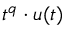
t ^ { q } \cdot u ( t )